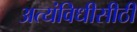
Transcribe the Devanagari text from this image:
अत्यंविधीसीठी